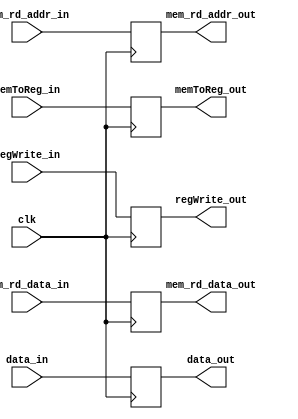
module MEMWB_reg(
    input clk,
    input [31:0] mem_rd_data_in,
    input [31:0] data_in,
    input [4:0] mem_rd_addr_in,
    input memToReg_in,
    input regWrite_in,
    output reg [31:0] mem_rd_data_out,
    output reg [31:0] data_out,
    output reg [4:0] mem_rd_addr_out,
    output reg memToReg_out,
    output reg regWrite_out
);
    
    always@(posedge clk)begin
        mem_rd_data_out = mem_rd_data_in;
        data_out = data_in;
        mem_rd_addr_out = mem_rd_addr_in;
        memToReg_out = memToReg_in;
        regWrite_out = regWrite_in;
    end

endmodule